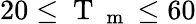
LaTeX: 20\leq\mathrm{~T~}_{\mathrm{~m~}}\leq 60